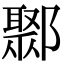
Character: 鄹